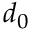
d _ { 0 }